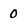
Character: 0